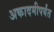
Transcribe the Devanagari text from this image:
अकादमीपर्यंत